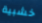
خشبية